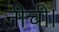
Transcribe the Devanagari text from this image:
नीची।